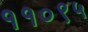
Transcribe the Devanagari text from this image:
११०९५